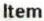
ITEM